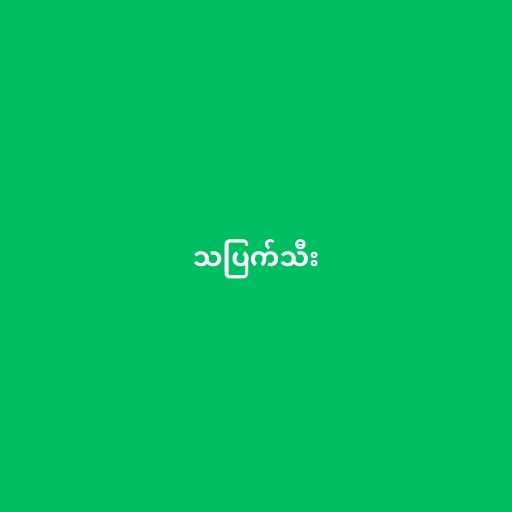
သပြက်သီး